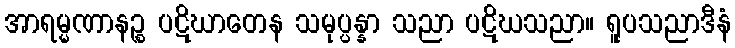
အာရမ္မဏာနဉ္စ ပဋိဃာတေန သမုပ္ပန္နာ သညာ ပဋိဃသညာ။ ရူပသညာဒီနံ